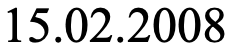
15.02.2008